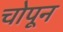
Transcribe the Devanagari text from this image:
चोपून